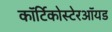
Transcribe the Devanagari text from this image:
कॉर्टिकोस्टेरऑयड